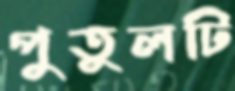
পুতুলটি